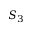
S _ { 3 }